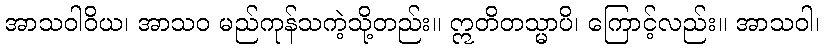
အာသဝါဝိယ၊ အာသဝ မည်ကုန်သကဲ့သို့တည်း။ ဣတိတသ္မာပိ၊ ကြောင့်လည်း။ အာသဝါ၊